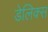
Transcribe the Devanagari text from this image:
डेलिक्स